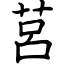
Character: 莒